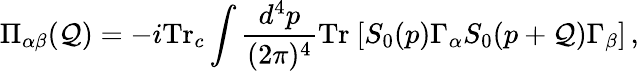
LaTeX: \Pi_{\alpha\beta}(\mathcal{Q})=-i\mathrm{{Tr}}_{c}\int\frac{{d^{4}p}}{{(2\pi)^{4}}}\mathrm{{Tr}}~[S_{0}(p)\Gamma_{\alpha}S_{0}(p+\mathcal{Q})\Gamma_{\beta}]\, ,